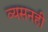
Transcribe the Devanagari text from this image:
व्यसनही